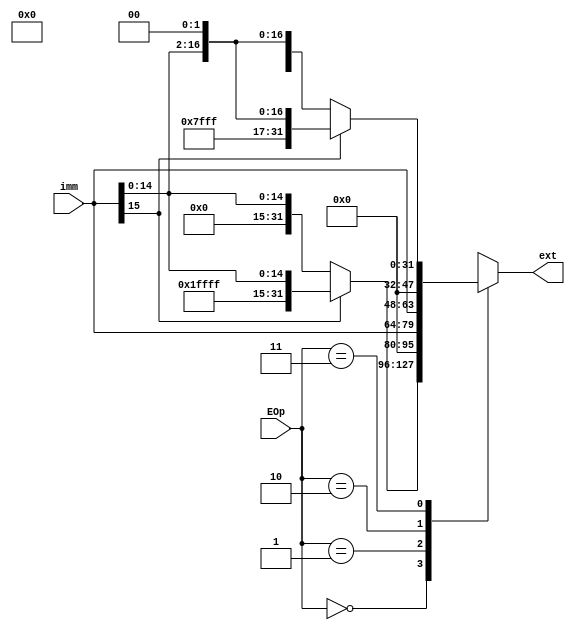
`timescale 1ns / 1ps
//////////////////////////////////////////////////////////////////////////////////
// Company: 
// Engineer: 
// 
// Design Name: 
// Module Name:    ext 
// Project Name: 
// Target Devices: 
// Tool versions: 
// Description: 
//
// Dependencies: 
//
// Revision: 
// Revision 0.01 - File Created
// Additional Comments: 
//
//////////////////////////////////////////////////////////////////////////////////
module ext(
    input [15:0] imm,
    input [1:0] EOp,
    output reg [31:0] ext
    );
	reg high;

    always @(*) begin
		high = imm[15];
		case (EOp)
			2'b00: begin
                if (high == 1) ext = {16'b1111111111111111, imm};
				else ext = {16'b0000000000000000, imm};
            end
            2'b01: begin
                ext = {16'b0000000000000000, imm};
            end
            2'b10: begin
                ext = {imm, 16'b0000000000000000};
            end
            2'b11:  begin
                if (high == 1) ext = {16'b1111111111111111, imm} << 2;
				else ext = {16'b0000000000000000, imm} << 2;
            end
            default: ; 
        endcase
    end

endmodule